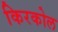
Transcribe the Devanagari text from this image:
किरकोल